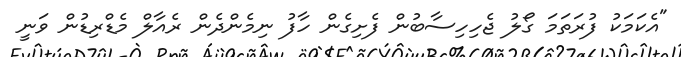
"އެކަމަކު ފުރަތަމަ ގޯލު ޖެހިހިސާބުން ފެށިގެން ހާފު ނިމެންދެން ރެއާލް މެޑްރިޑުން ވަނީ